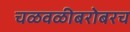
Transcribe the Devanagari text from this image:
चळवळीबरोबरच